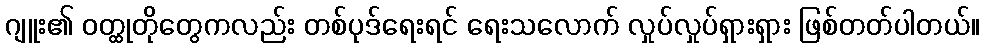
ဂျူး၏ ဝတ္ထုတိုတွေကလည်း တစ်ပုဒ်ရေးရင် ရေးသလောက် လှုပ်လှုပ်ရှားရှား ဖြစ်တတ်ပါတယ်။